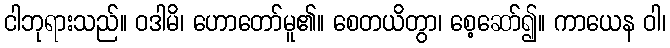
ငါဘုရားသည်။ ဝဒါမိ၊ ဟောတော်မူ၏။ စေတယိတွာ၊ စေ့ဆော်၍။ ကာယေန ဝါ၊